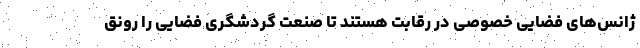
ژانس‌های فضایی خصوصی در رقابت هستند تا صنعت گردشگری فضایی را رونق